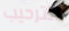
للترحيب